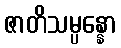
ဇာတိသမ္ပန္နော